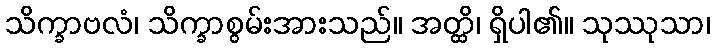
သိက္ခာဗလံ၊ သိက္ခာစွမ်းအားသည်။ အတ္ထိ၊ ရှိပါ၏။ သုဿုသာ၊